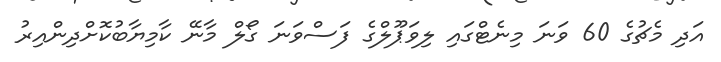
އަދި މެޗުގެ 60 ވަނަ މިނެޓްގައި ލިވަޕޫލްގެ ފަސްވަނަ ގޯލް މާނޭ ކާމިޔާބުކޮށްދިންއިރު